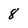
Character: 8